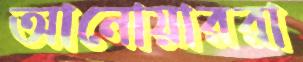
আনোয়াররা